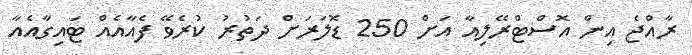
ރާއްޖެ އިން އޮސްޓްރޭލިއާ އަށް 250 ޑޮލަރަށް ދަތުރު ކުރެވޭ ފެއާއެއް ޓައިގާއެއާ